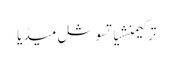
ترکیمنشیاتسوشل میڈیا